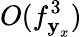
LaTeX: O(f_{\textbf{y}_{x}}^{3})